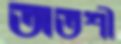
অতশী